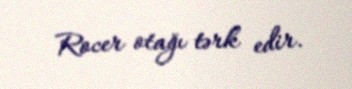
Rocer otağı tərk edir.